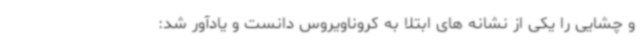
و چشایی را یکی از نشانه های ابتلا به کروناویروس دانست و یادآور شد: